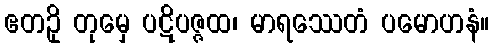
ဧတဥှိ တုမှေ ပဋိပဇ္ဇထ၊ မာရဿေတံ ပမောဟနံ။